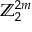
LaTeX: \mathbb { Z } _ { 2 } ^ { 2 m }